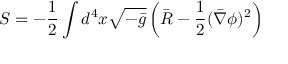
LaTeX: S = - \frac { 1 } { 2 } \int d ^ { 4 } x \sqrt { - \bar { g } } \left( \bar { R } - \frac { 1 } { 2 } ( \bar { \nabla } \phi ) ^ { 2 } \right)